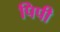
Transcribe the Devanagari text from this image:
पिपी